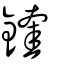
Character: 鍷